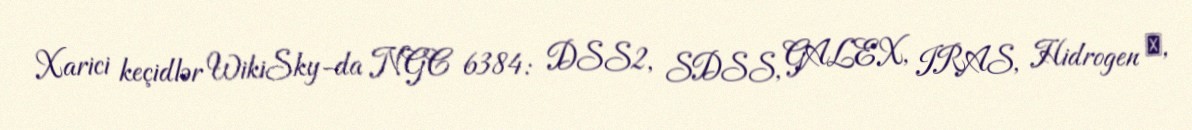
Xarici keçidlər WikiSky-da NGC 6384: DSS2, SDSS, GALEX, IRAS, Hidrogen α,